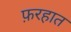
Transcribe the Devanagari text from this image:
फ़रहात